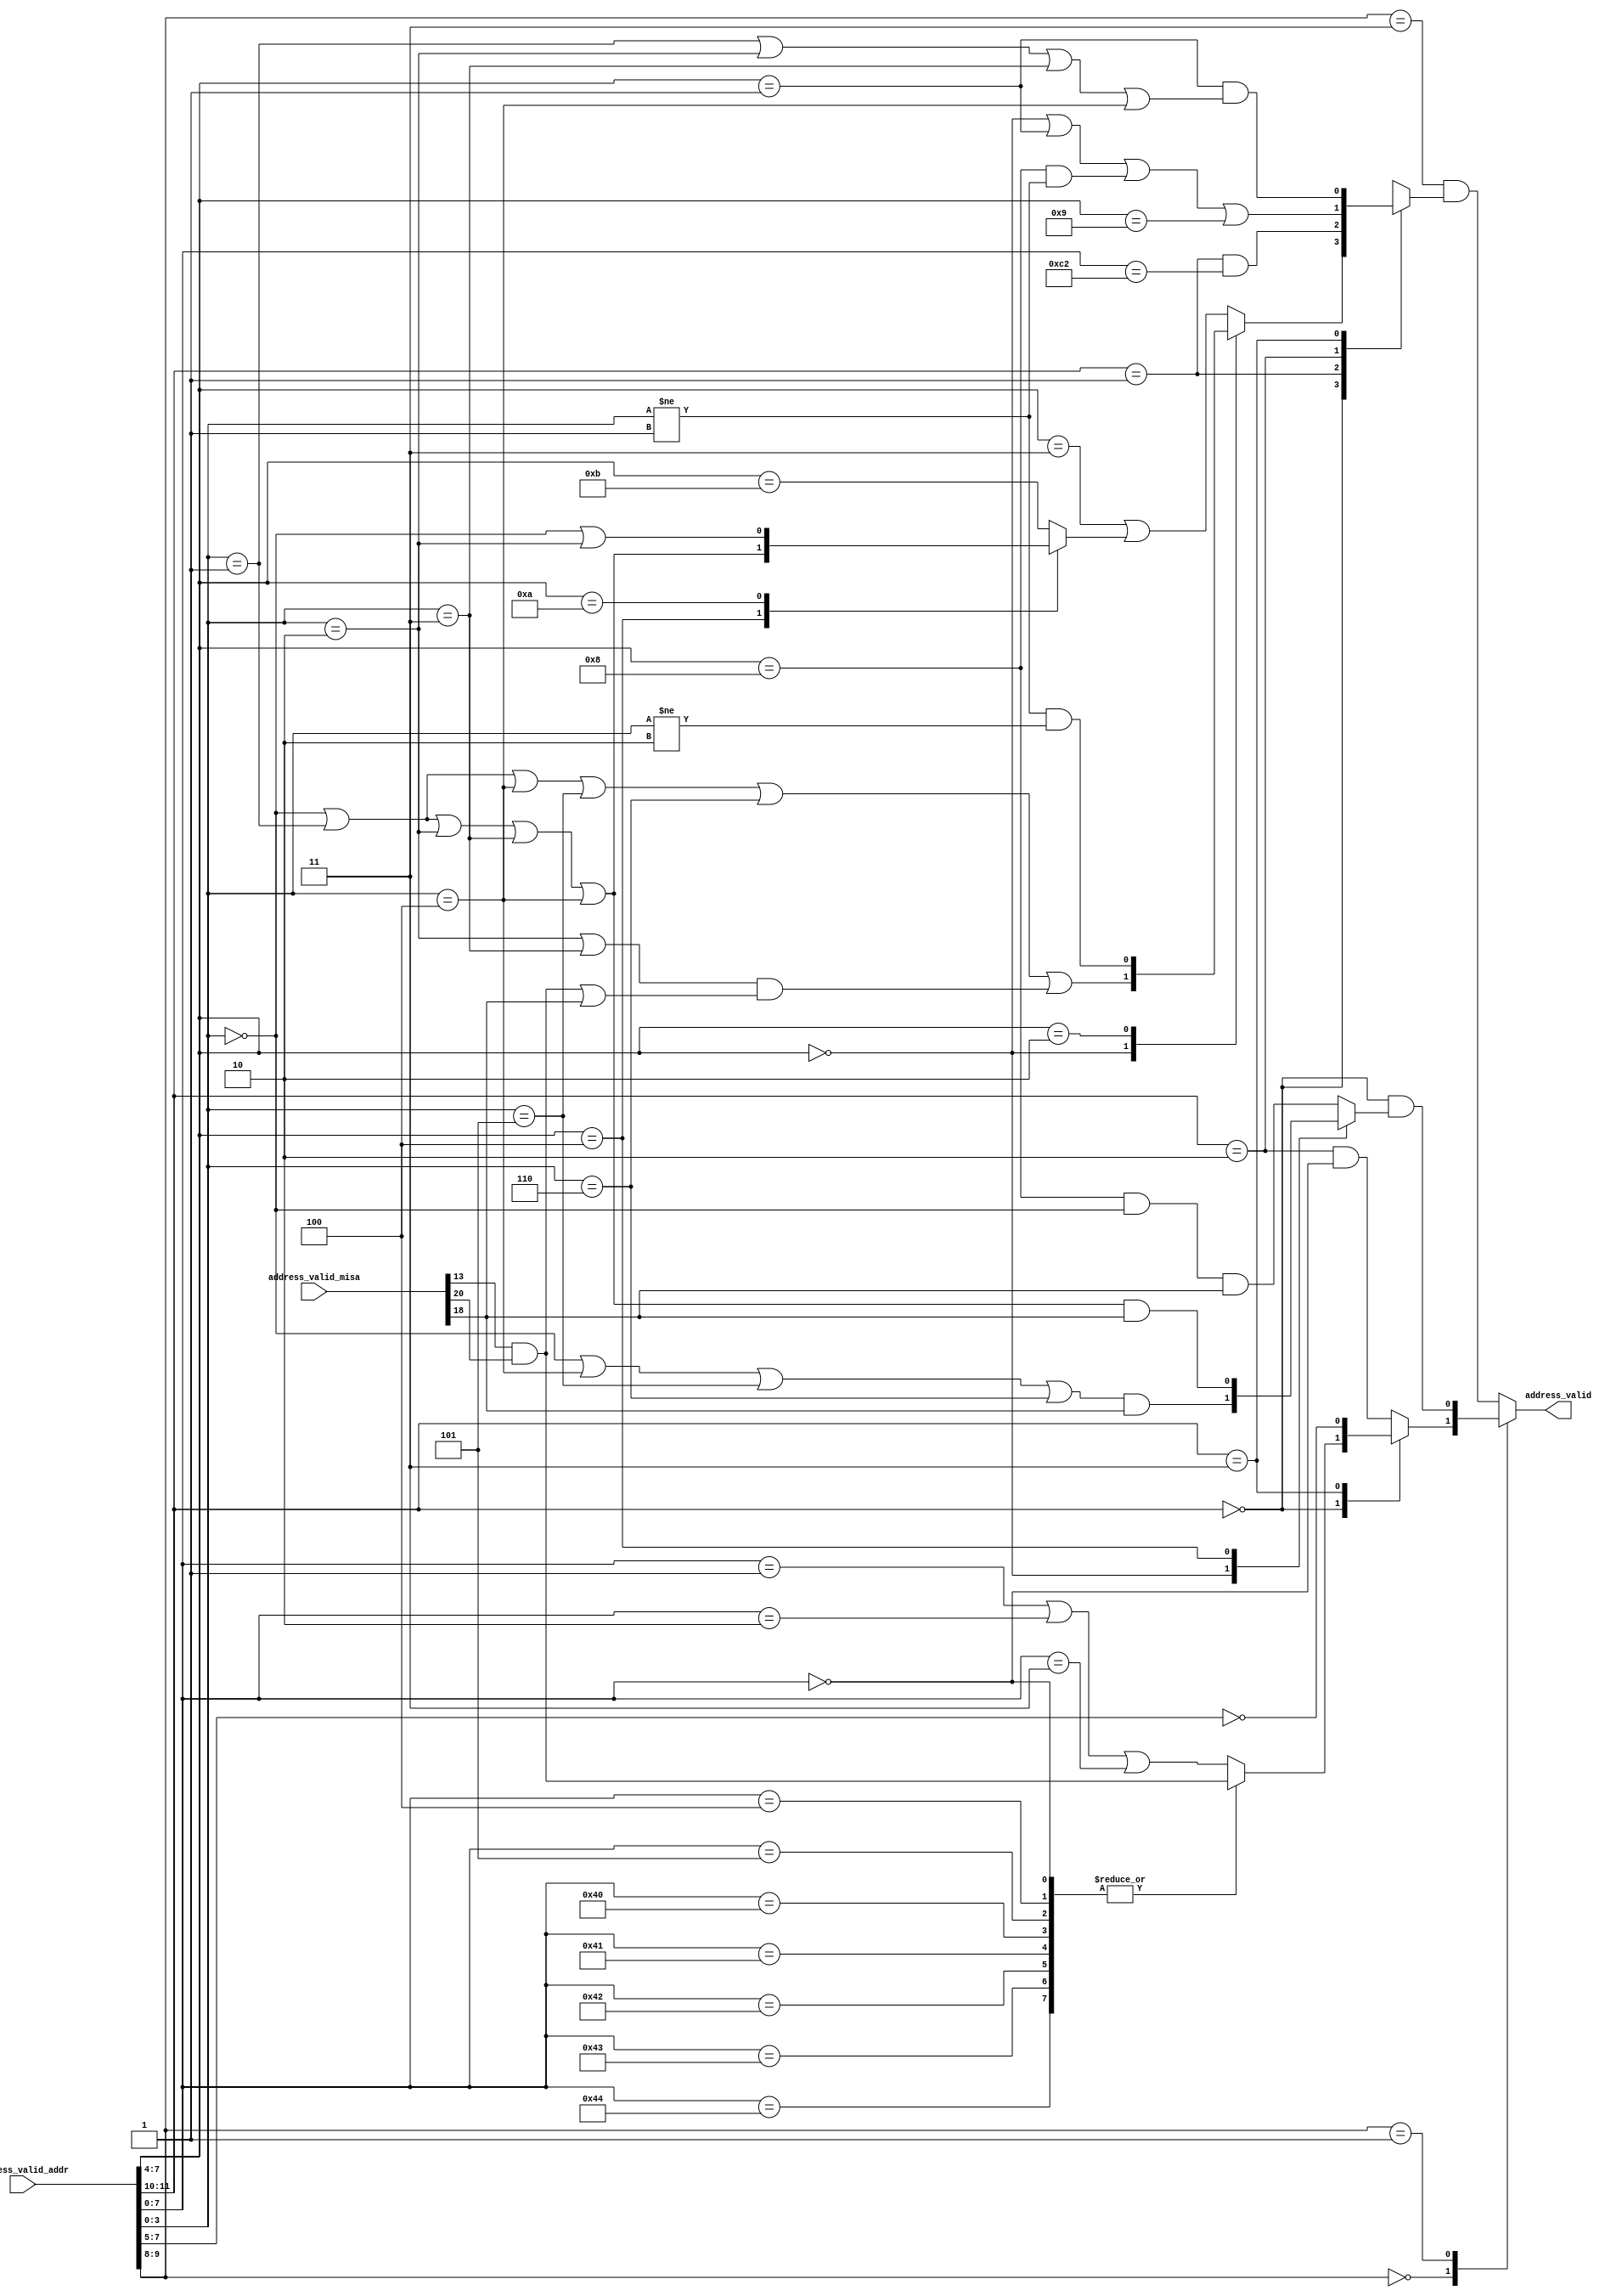
//
// Generated by Bluespec Compiler, version 2022.01-5-ge3edf4b1 (build e3edf4b1)
//
// On Fri Apr 15 12:45:58 EDT 2022
//
//
// Ports:
// Name                         I/O  size props
// address_valid                  O     1
// address_valid_addr             I    12
// address_valid_misa             I    26
//
// Combinational paths from inputs to outputs:
//   (address_valid_addr, address_valid_misa) -> address_valid
//
//

`ifdef BSV_ASSIGNMENT_DELAY
`else
  `define BSV_ASSIGNMENT_DELAY
`endif

`ifdef BSV_POSITIVE_RESET
  `define BSV_RESET_VALUE 1'b1
  `define BSV_RESET_EDGE posedge
`else
  `define BSV_RESET_VALUE 1'b0
  `define BSV_RESET_EDGE negedge
`endif

module module_address_valid(address_valid_addr,
			    address_valid_misa,
			    address_valid);
  // value method address_valid
  input  [11 : 0] address_valid_addr;
  input  [25 : 0] address_valid_misa;
  output address_valid;

  // signals for module outputs
  reg address_valid;

  // remaining internal signals
  reg CASE_address_valid_addr_BITS_11_TO_10_0b0_CASE_ETC__q3,
      CASE_address_valid_addr_BITS_11_TO_10_0b0_CASE_ETC__q5,
      CASE_address_valid_addr_BITS_7_TO_0_0_address__ETC__q4,
      CASE_address_valid_addr_BITS_7_TO_4_0_address__ETC__q2,
      CASE_address_valid_addr_BITS_7_TO_4_0_address__ETC__q6,
      CASE_address_valid_addr_BITS_7_TO_4_0x4_addres_ETC__q1;
  wire address_valid_addr_BITS_3_TO_0_0_EQ_0x0_1_OR_a_ETC___d77,
       address_valid_misa_BIT_13_1_AND_address_valid__ETC___d23;

  // value method address_valid
  always@(address_valid_addr or
	  CASE_address_valid_addr_BITS_11_TO_10_0b0_CASE_ETC__q3 or
	  CASE_address_valid_addr_BITS_11_TO_10_0b0_CASE_ETC__q5 or
	  CASE_address_valid_addr_BITS_7_TO_4_0_address__ETC__q6)
  begin
    case (address_valid_addr[9:8])
      2'b0:
	  address_valid =
	      CASE_address_valid_addr_BITS_11_TO_10_0b0_CASE_ETC__q5;
      2'b01:
	  address_valid =
	      address_valid_addr[11:10] == 2'b0 &&
	      CASE_address_valid_addr_BITS_7_TO_4_0_address__ETC__q6;
      default: address_valid =
		   address_valid_addr[9:8] == 2'b11 &&
		   CASE_address_valid_addr_BITS_11_TO_10_0b0_CASE_ETC__q3;
    endcase
  end

  // remaining internal signals
  assign address_valid_addr_BITS_3_TO_0_0_EQ_0x0_1_OR_a_ETC___d77 =
	     address_valid_addr[3:0] == 4'h0 ||
	     address_valid_addr[3:0] == 4'd1 ||
	     address_valid_addr[3:0] == 4'h4 ||
	     address_valid_addr[3:0] == 4'h5 ||
	     address_valid_addr[3:0] == 4'h6 ||
	     (address_valid_addr[3:0] == 4'h2 ||
	      address_valid_addr[3:0] == 4'h3) &&
	     (address_valid_misa_BIT_13_1_AND_address_valid__ETC___d23 ||
	      address_valid_misa[18]) ;
  assign address_valid_misa_BIT_13_1_AND_address_valid__ETC___d23 =
	     address_valid_misa[13] & address_valid_misa[20] ;
  always@(address_valid_addr)
  begin
    case (address_valid_addr[7:4])
      4'h4:
	  CASE_address_valid_addr_BITS_7_TO_4_0x4_addres_ETC__q1 =
	      address_valid_addr[3:0] == 4'h0 ||
	      address_valid_addr[3:0] == 4'd1 ||
	      address_valid_addr[3:0] == 4'h2 ||
	      address_valid_addr[3:0] == 4'h3 ||
	      address_valid_addr[3:0] == 4'h4;
      4'hA:
	  CASE_address_valid_addr_BITS_7_TO_4_0x4_addres_ETC__q1 =
	      address_valid_addr[3:0] == 4'h0 ||
	      address_valid_addr[3:0] == 4'h2;
      default: CASE_address_valid_addr_BITS_7_TO_4_0x4_addres_ETC__q1 =
		   address_valid_addr[7:4] == 4'hB;
    endcase
  end
  always@(address_valid_addr or
	  CASE_address_valid_addr_BITS_7_TO_4_0x4_addres_ETC__q1 or
	  address_valid_addr_BITS_3_TO_0_0_EQ_0x0_1_OR_a_ETC___d77)
  begin
    case (address_valid_addr[7:4])
      4'd0:
	  CASE_address_valid_addr_BITS_7_TO_4_0_address__ETC__q2 =
	      address_valid_addr_BITS_3_TO_0_0_EQ_0x0_1_OR_a_ETC___d77;
      4'h2:
	  CASE_address_valid_addr_BITS_7_TO_4_0_address__ETC__q2 =
	      address_valid_addr[3:0] != 4'd1 &&
	      address_valid_addr[3:0] != 4'h2;
      default: CASE_address_valid_addr_BITS_7_TO_4_0_address__ETC__q2 =
		   address_valid_addr[7:4] == 4'h3 ||
		   CASE_address_valid_addr_BITS_7_TO_4_0x4_addres_ETC__q1;
    endcase
  end
  always@(address_valid_addr or
	  CASE_address_valid_addr_BITS_7_TO_4_0_address__ETC__q2)
  begin
    case (address_valid_addr[11:10])
      2'b0:
	  CASE_address_valid_addr_BITS_11_TO_10_0b0_CASE_ETC__q3 =
	      CASE_address_valid_addr_BITS_7_TO_4_0_address__ETC__q2;
      2'd1:
	  CASE_address_valid_addr_BITS_11_TO_10_0b0_CASE_ETC__q3 =
	      address_valid_addr[11:10] == 2'b01 &&
	      address_valid_addr[7:0] == 8'hC2;
      2'b10:
	  CASE_address_valid_addr_BITS_11_TO_10_0b0_CASE_ETC__q3 =
	      address_valid_addr[7:4] == 4'd0 ||
	      address_valid_addr[7:4] == 4'd1 ||
	      address_valid_addr[7:4] == 4'd8 &&
	      address_valid_addr[3:0] != 4'd1 ||
	      address_valid_addr[7:4] == 4'd9;
      2'b11:
	  CASE_address_valid_addr_BITS_11_TO_10_0b0_CASE_ETC__q3 =
	      address_valid_addr[7:4] == 4'd1 &&
	      (address_valid_addr[3:0] == 4'd1 ||
	       address_valid_addr[3:0] == 4'h2 ||
	       address_valid_addr[3:0] == 4'h3 ||
	       address_valid_addr[3:0] == 4'h4);
    endcase
  end
  always@(address_valid_addr or
	  address_valid_misa_BIT_13_1_AND_address_valid__ETC___d23)
  begin
    case (address_valid_addr[7:0])
      8'd0, 8'h04, 8'h05, 8'h40, 8'h41, 8'h42, 8'h43, 8'h44:
	  CASE_address_valid_addr_BITS_7_TO_0_0_address__ETC__q4 =
	      address_valid_misa_BIT_13_1_AND_address_valid__ETC___d23;
      default: CASE_address_valid_addr_BITS_7_TO_0_0_address__ETC__q4 =
		   address_valid_addr[7:0] == 8'h01 ||
		   address_valid_addr[7:0] == 8'h02 ||
		   address_valid_addr[7:0] == 8'h03;
    endcase
  end
  always@(address_valid_addr or
	  CASE_address_valid_addr_BITS_7_TO_0_0_address__ETC__q4)
  begin
    case (address_valid_addr[11:10])
      2'b0:
	  CASE_address_valid_addr_BITS_11_TO_10_0b0_CASE_ETC__q5 =
	      CASE_address_valid_addr_BITS_7_TO_0_0_address__ETC__q4;
      2'b11:
	  CASE_address_valid_addr_BITS_11_TO_10_0b0_CASE_ETC__q5 =
	      address_valid_addr[7:5] == 3'b0;
      default: CASE_address_valid_addr_BITS_11_TO_10_0b0_CASE_ETC__q5 =
		   address_valid_addr[11:10] == 2'b10 &&
		   address_valid_addr[7:0] == 8'd0;
    endcase
  end
  always@(address_valid_addr or address_valid_misa)
  begin
    case (address_valid_addr[7:4])
      4'd0:
	  CASE_address_valid_addr_BITS_7_TO_4_0_address__ETC__q6 =
	      (address_valid_addr[3:0] == 4'h0 ||
	       address_valid_addr[3:0] == 4'h4 ||
	       address_valid_addr[3:0] == 4'h5 ||
	       address_valid_addr[3:0] == 4'h6) &&
	      address_valid_misa[18];
      4'h4:
	  CASE_address_valid_addr_BITS_7_TO_4_0_address__ETC__q6 =
	      (address_valid_addr[3:0] == 4'h0 ||
	       address_valid_addr[3:0] == 4'd1 ||
	       address_valid_addr[3:0] == 4'h2 ||
	       address_valid_addr[3:0] == 4'h3 ||
	       address_valid_addr[3:0] == 4'h4) &&
	      address_valid_misa[18];
      default: CASE_address_valid_addr_BITS_7_TO_4_0_address__ETC__q6 =
		   address_valid_addr[7:4] == 4'd8 &&
		   address_valid_addr[3:0] == 4'h0 &&
		   address_valid_misa[18];
    endcase
  end
endmodule  // module_address_valid